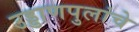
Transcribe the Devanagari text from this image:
उड्डाणपुलांचे